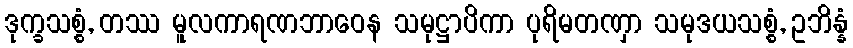
ဒုက္ခသစ္စံ, တဿ မူလကာရဏဘာဝေန သမုဋ္ဌာပိကာ ပုရိမတဏှာ သမုဒယသစ္စံ, ဥဘိန္နံ